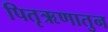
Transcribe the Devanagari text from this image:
पितृऋणातुन